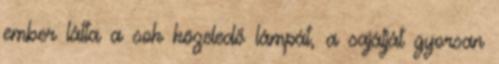
ember látta a sok közeledő lámpát, a sajátját gyorsan